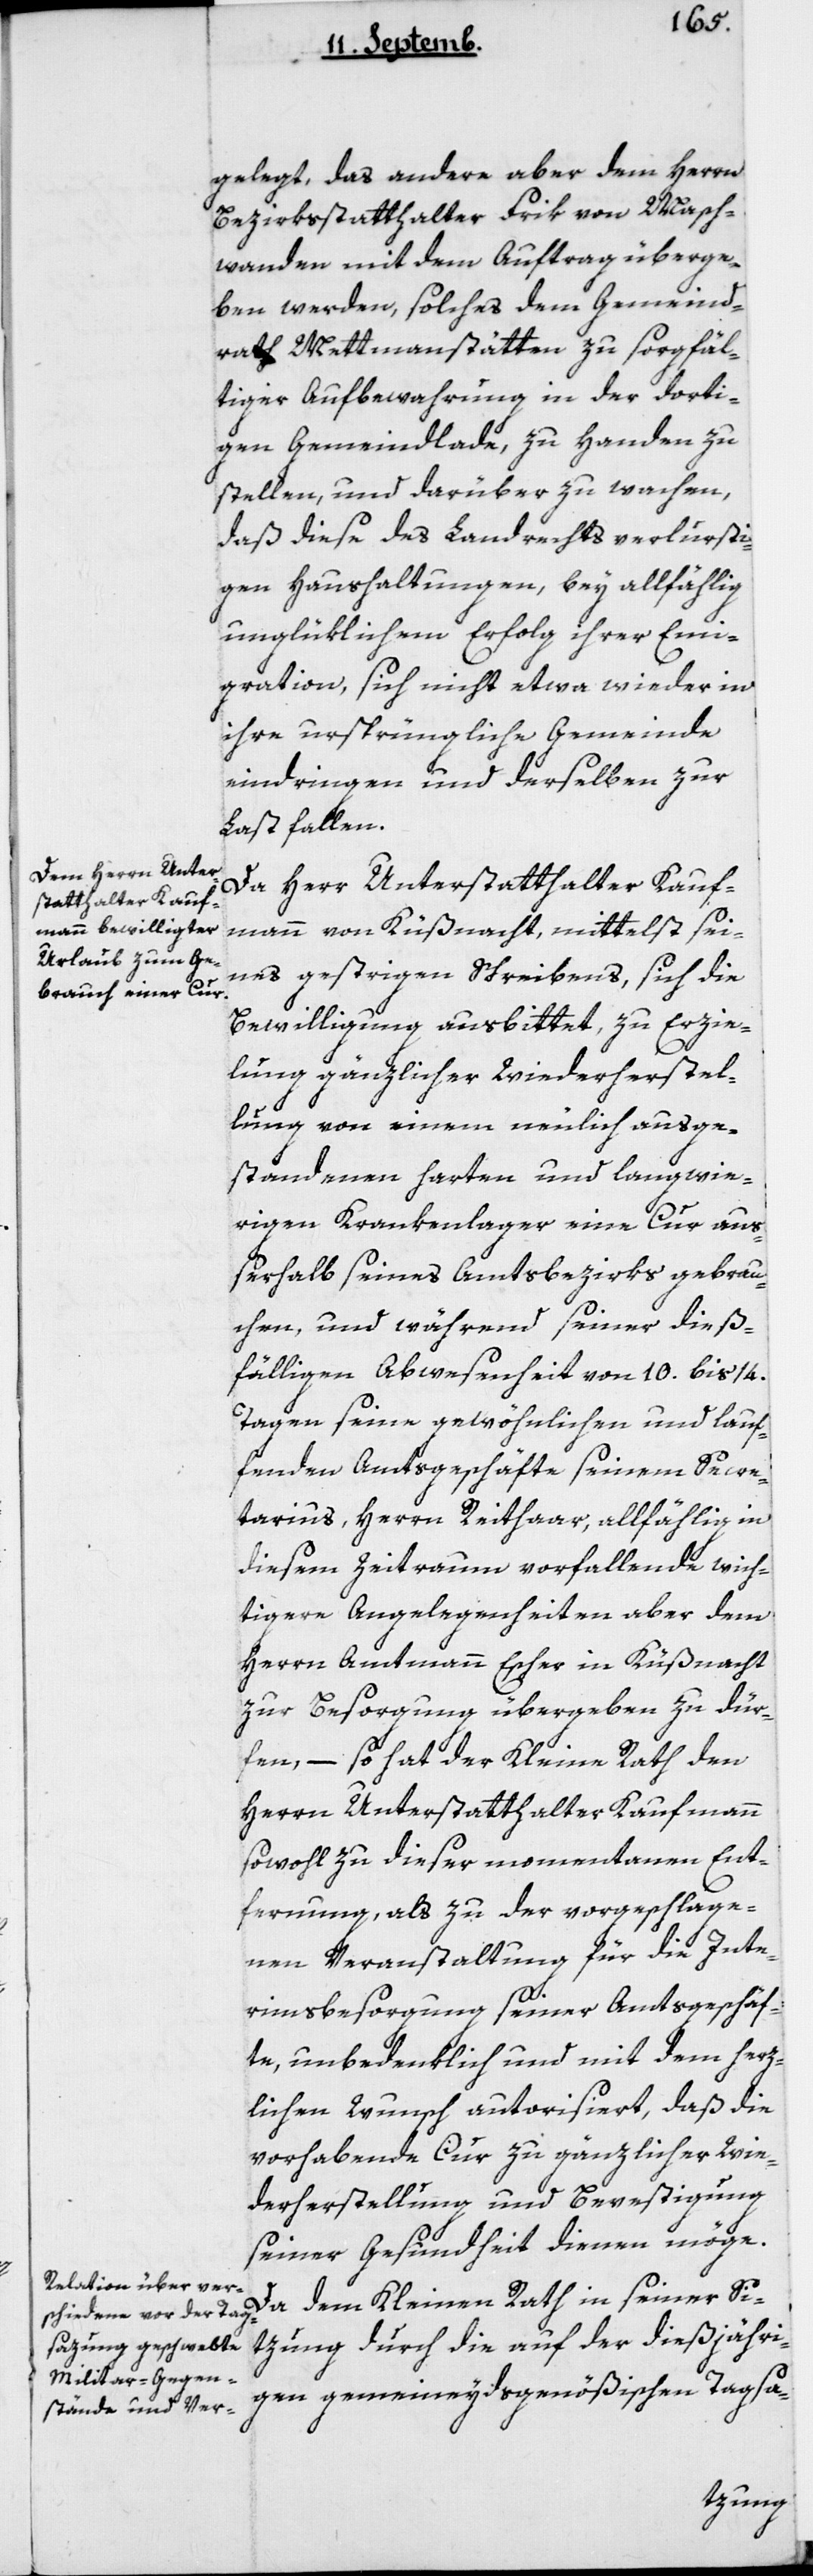
gelegt, das andere aber dem Herrn
Bezirksstatthalter Frik von Masch¬
wanden mit dem Auftrag überge¬
ben werden, solches dem Gemeind¬
rath Mettmenstetten zu sorgfäl¬
tiger Aufbewahrung in der dorti¬
gen Gemeindlade, zu Handen zu
stellen, und darüber zu wachen,
daß diese des Landrechts verlusti¬
gen Haushaltungen, bey allfällig
unglüklichem Erfolg ihrer Emi¬
gration, sich nicht etwa wieder in
ihre ursprüngliche Gemeinde
eindringen und derselben zur
Last fallen.
Da Herr Unterstatthalter Kauf¬
mann von Küßnacht mittelst sei¬
nes gestrigen Schreibens sich die
Bewilligung ausbittet, zu Erzie¬
lung gänzlicher Wiederherstel¬
lung von einem neulich ausge¬
standenen harten und langwie¬
rigen Krankenlager eine Cur auß¬
erhalb seines Amtsbezirks gebrau¬
chen, und während seiner dieß¬
fälligen Abwesenheit von 10 bis 14
Tagen seine gewöhnlichen und lau¬
fenden Amtsgeschäfte seinem Secre¬
tarius, Herrn Reithaar, allfällig in
diesem Zeitraum vorfallende wich¬
tigere Angelegenheiten aber dem
Herrn Amtmann Escher in Küßnacht
zur Besorgung übergeben zu dür¬
fen, – so hat der Kleine Rath den
Herrn Unterstatthalter Kaufmann
sowohl zu dieser momentanen Ent¬
fernung, als zu der vorgeschlage¬
nen Veranstaltung für die Inte¬
rimsbesorgung seiner Amtsgeschäf¬
te, unbedenklich und mit dem herz¬
lichen Wunsch autorisiert, daß die
vorhabende Cur zu gänzlicher Wie¬
derherstellung und Befestigung
seiner Gesundheit dienen möge.
Da dem Kleinen Rath in seiner Si¬
zung, durch die auf der diesjähri¬
gen gemeineydsgenößischen Tagsa-